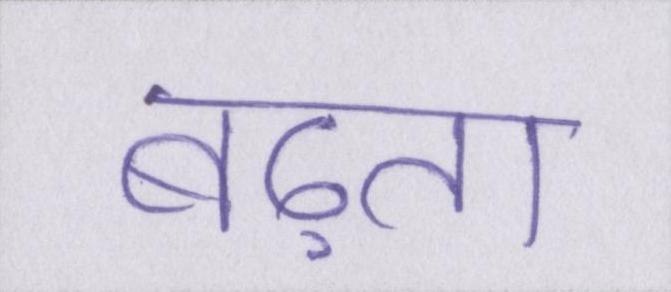
बढ़ता